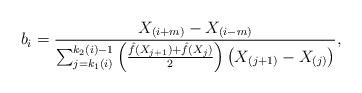
LaTeX: \begin{align*}b_i=\frac{X_{(i+m)}-X_{(i-m)}}{\sum_{j=k_1(i)}^{k_2(i)-1}\left(\frac{\hat{f}(X_{j+1})+\hat{f}(X_{j})}{2}\right)\left(X_{(j+1)}-X_{(j)}\right)},\end{align*}